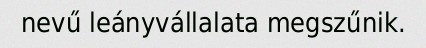
nevű leányvállalata megszűnik.